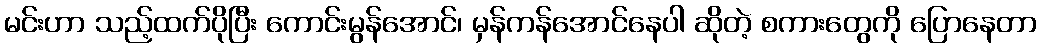
မင်းဟာ သည့်ထက်ပိုပြီး ကောင်းမွန်အောင်၊ မှန်ကန်အောင်နေပါ ဆိုတဲ့ စကားတွေကို ပြောနေတာ